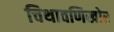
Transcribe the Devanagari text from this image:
चिथावणिखोर